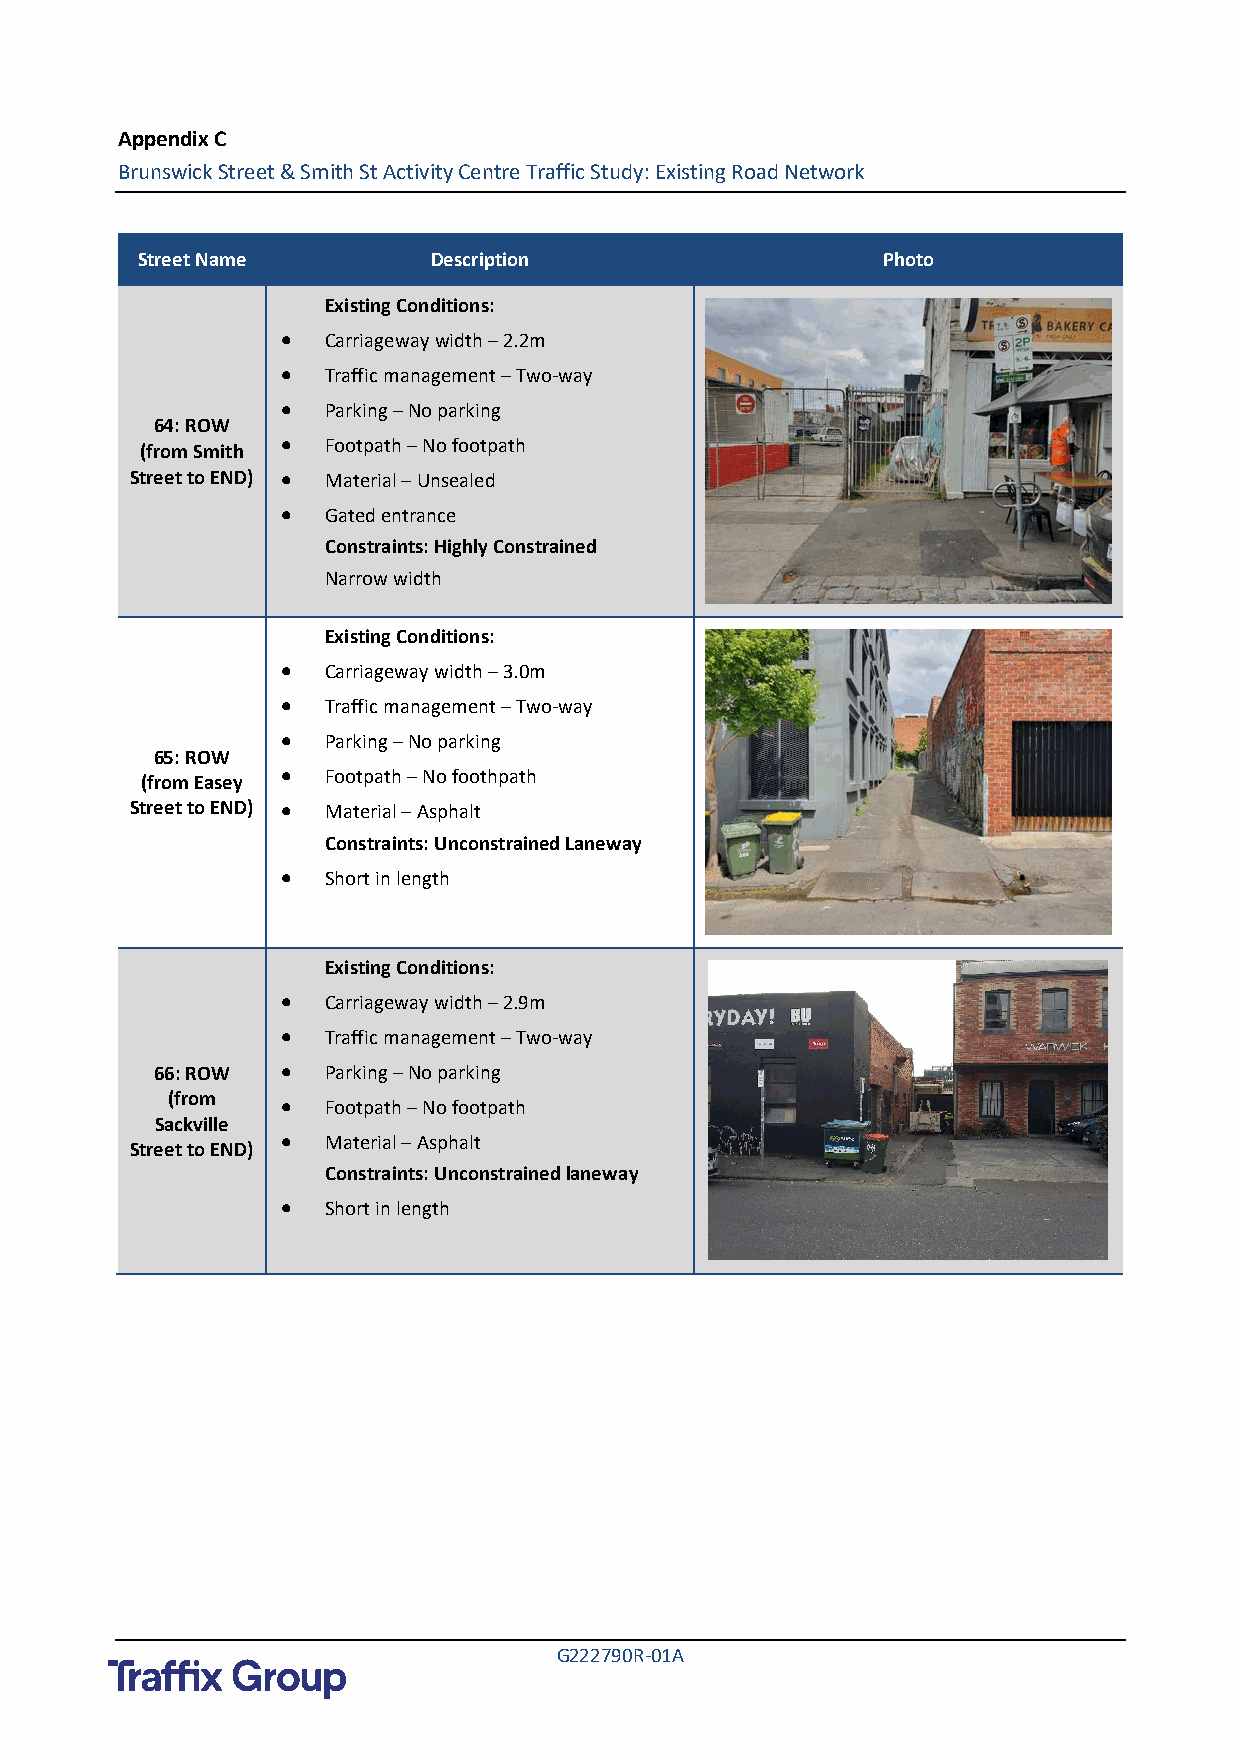
Appendix C
 Brunswick Street & Smith St Activity Centre Traffic Study: Existing Road Network
 Street Name        Description                   Photo
 Existing Conditions:
 •  Carriageway width – 2.2m
 •  Traffic management – Two-way
 •  Parking – No parking
 64: ROW
 •  Footpath – No footpath
 (from Smith
 Street to END) • Material – Unsealed
 •  Gated entrance
 Constraints: Highly Constrained
 Narrow width
 Existing Conditions:
 •  Carriageway width – 3.0m
 •  Traffic management – Two-way
 •  Parking – No parking
 65: ROW
 •  Footpath – No foothpath
 (from Easey
 Street to END) • Material – Asphalt
 Constraints: Unconstrained Laneway
 •  Short in length
 Existing Conditions:
 •  Carriageway width – 2.9m
 •  Traffic management – Two-way
 66: ROW  •  Parking – No parking
 (from   •  Footpath – No footpath
 Sackville
 •  Material – Asphalt
 Street to END)
 Constraints: Unconstrained laneway
 •  Short in length
 G222790R-01A